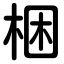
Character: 梱